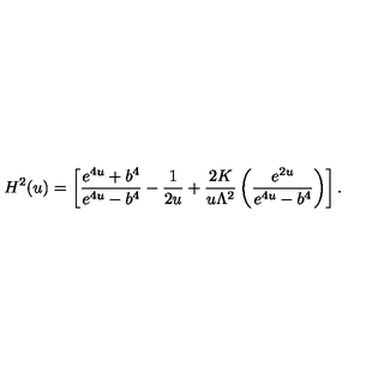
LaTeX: H ^ { 2 } ( u ) = \left[ \frac { e ^ { 4 u } + b ^ { 4 } } { e ^ { 4 u } - b ^ { 4 } } - \frac { 1 } { 2 u } + \frac { 2 K } { u \Lambda ^ { 2 } } \left( \frac { e ^ { 2 u } } { e ^ { 4 u } - b ^ { 4 } } \right) \right] .